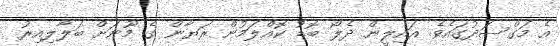
އެ މަގްސަދުގައެވެ. އައިލީން ދެލޯ ބޮޑު ކޮއްލަމުން ރަޔާން ގެ މޫނަށް ބަލާލިއިރު